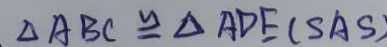
\Delta A B C \cong \Delta A D E ( S A S )